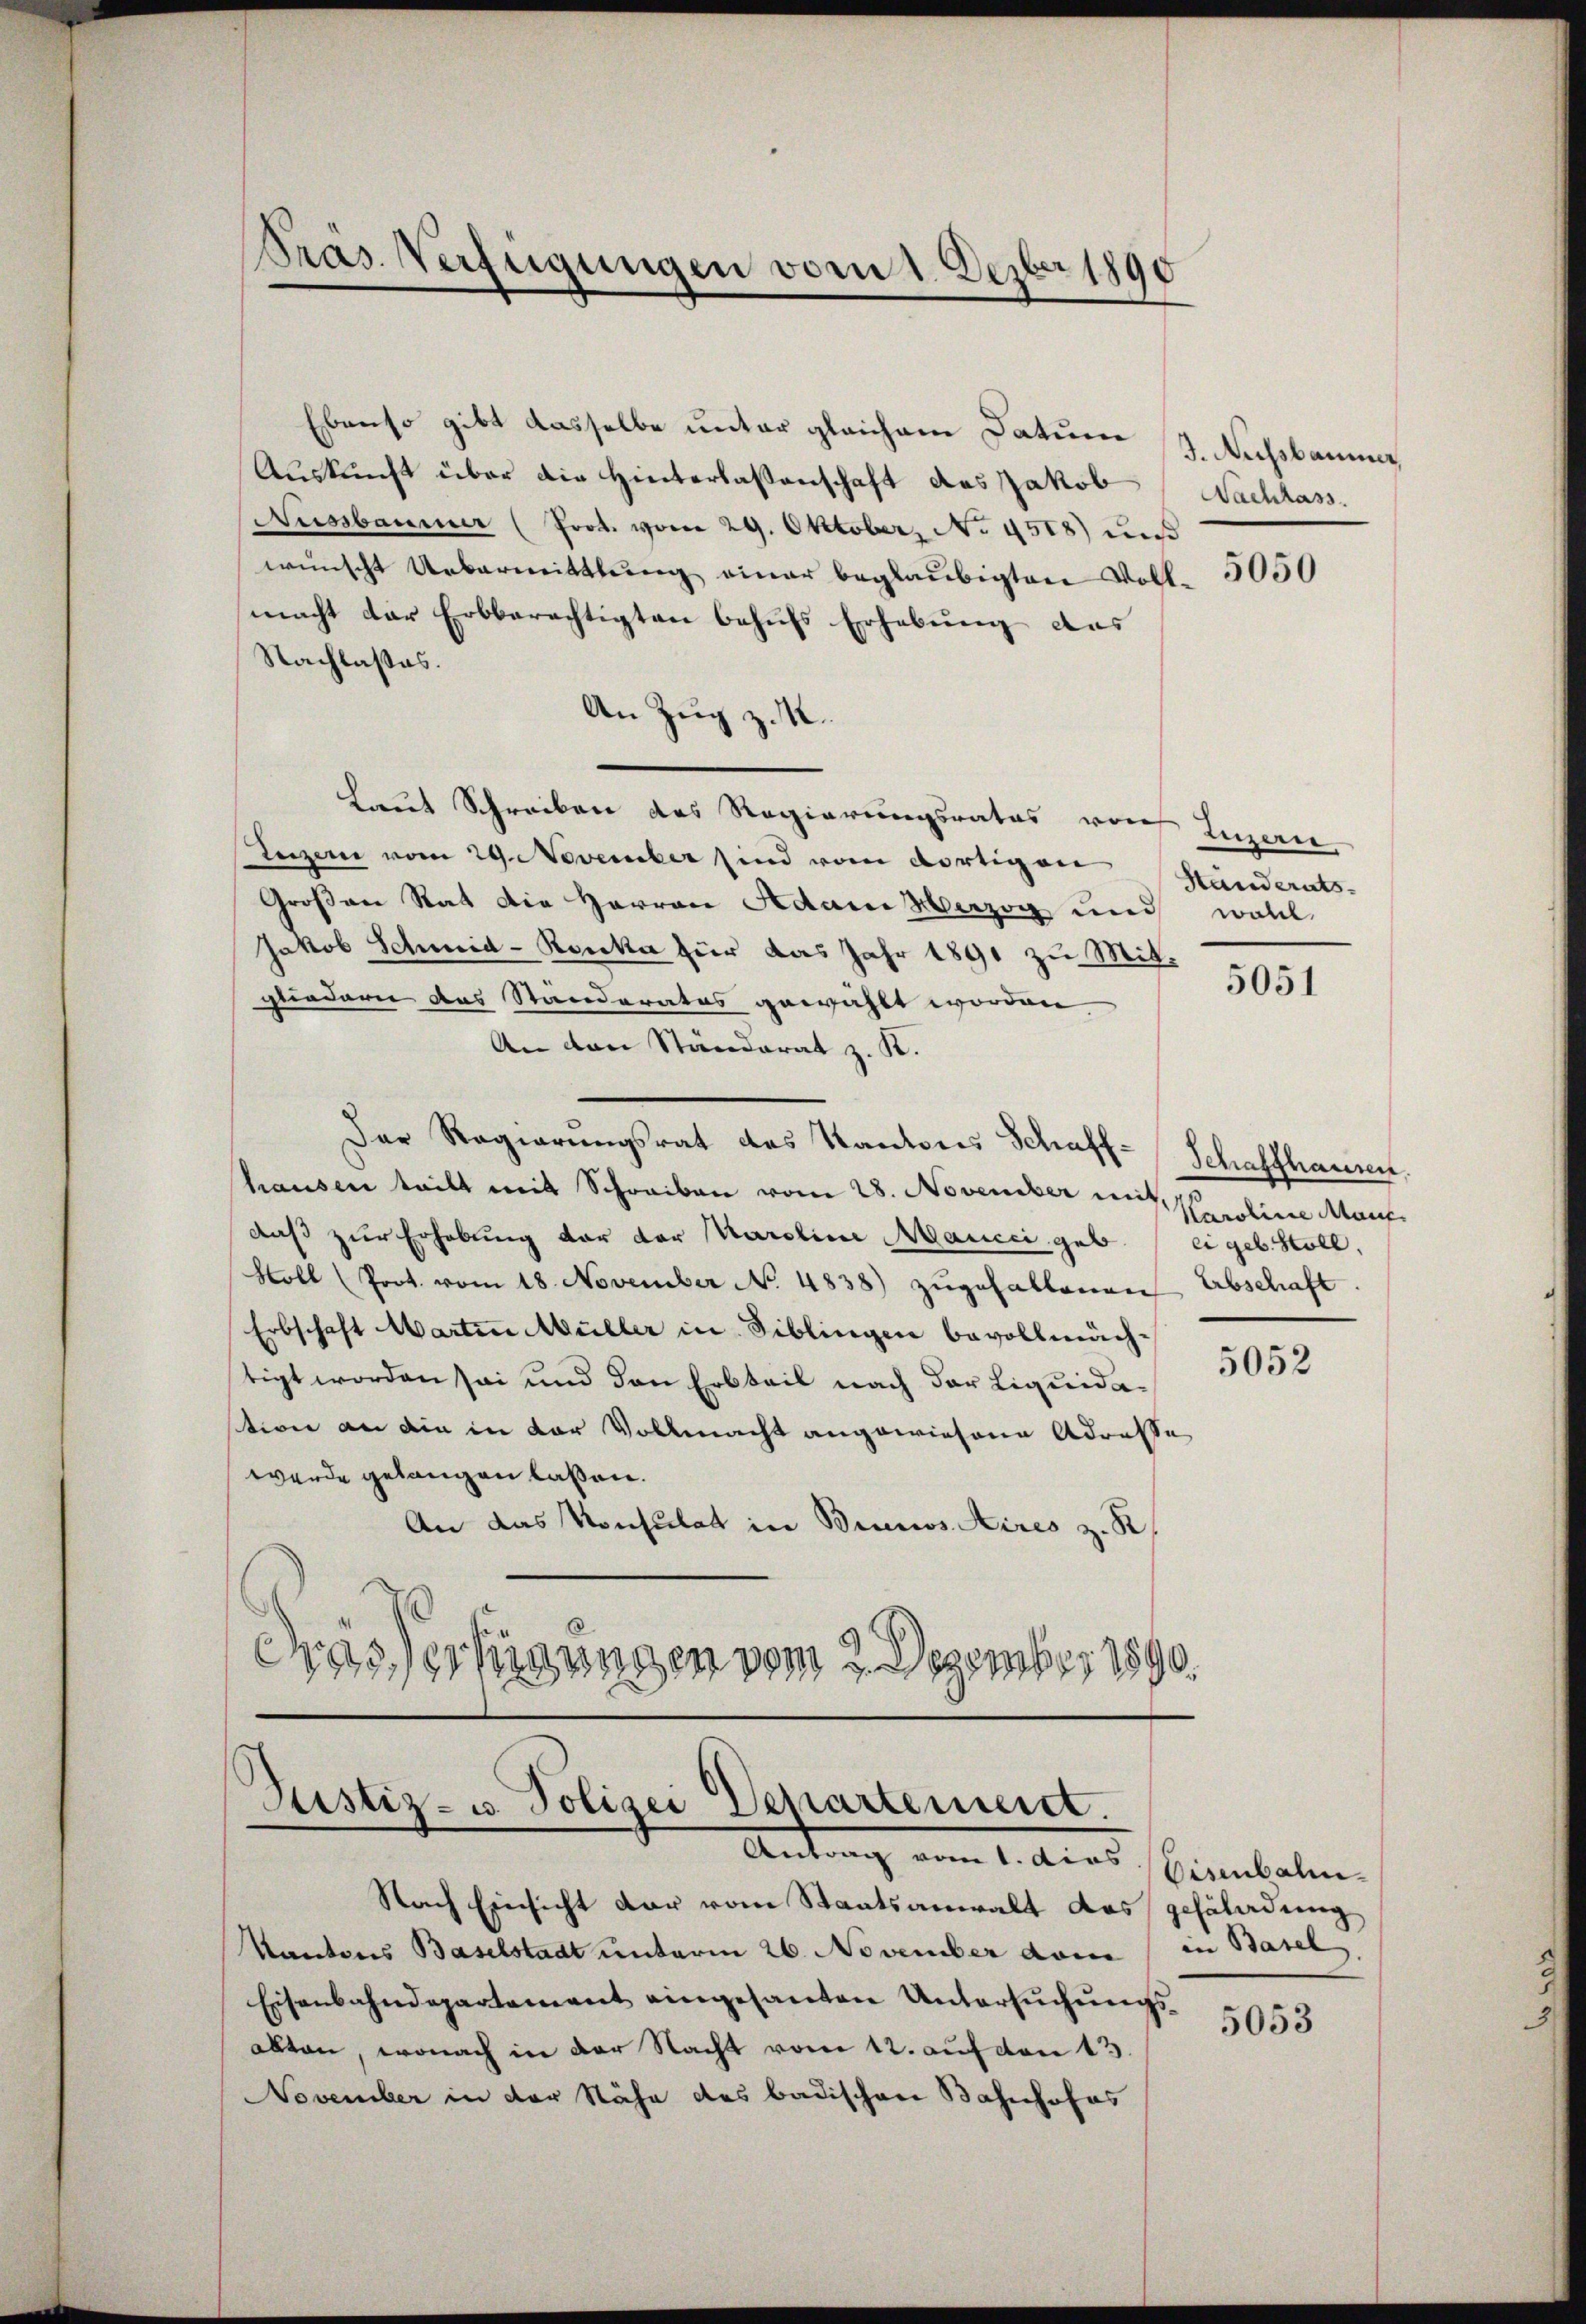
Präs. Verfügungen vom 1. Dezbr 1890

Ebenso gibt dasselbe unter gleichem Datum
Aŭskŭnft über die Hinterlassenschaft das Jakob Nachhass.
Nussbaumer (Prot. vom 29. Oktober No. 4518) und
wünscht Uebermittlung einer beglaubigten Volkmacht der Erbberechtigten behufs Erhebung des
Nachlasses.
An Zug z. K.
Laut Schreiben des Regierungsrates von Inzan
Luzer vom 29. November sind vom dortigen
Großen Stat die Herren Adam Herzog und woll
Jakob Schmid- Konka für das Jahr 1891 zu Mit-
gliedern das Standerates gewählt worden
An den Ständerat z. K.
Der Regierungsrat des Kantons Schaff-
hausen teilt mit Schreiben vom 28. November mit eine Maue
daß zur Erhebung vor der Karoline Maucci geb. eigel. Holl,
Moll (Prot. vom 18. November No. 4838) zugefallenen
Erbschaft Martin Müller in Biblingen bevollmäch-
tigt worden sei und den Erbteil nach der Liquidastion an die in der Vollmacht angewiesene Adresse
werde gelangen lassen.
An das Konsulat in Brunos Aires z. R.
drassertigungen vom 2. Dezember 1890.

Justiz- u. Polizei Departement.
Antrag vom 1. Aus Beibale.

Nach Einsicht dar vom Staatsanwalt das gefäladung
Kantons Baselstadt unterm 26. November deine
Eisenbahndepartement eingesanten Untersuchungsallten, wonach in der Nacht vom 12. auf von 13.
November in der Nähe des badischen Bahnhofas

J. Nussbaumer

5050

Ständerats.

5051

Schaffhausen.
Erbschaft.

5052

in Basel.

5053